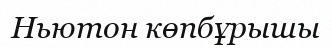
Ньютон көпбұрышы